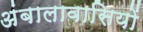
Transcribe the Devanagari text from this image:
अंबालावासियों